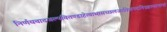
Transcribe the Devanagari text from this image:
निर्णयवादजल्पवितण्डाहेत्वाभासच्छलजातिकपटनिग्रहस्थानानां